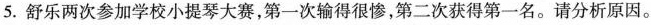
5. 舒乐两次参加学校小提琴大赛，第一次输得很惨，第二次获得第一名。请分析原因。